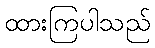
ထားကြပါသည်